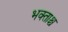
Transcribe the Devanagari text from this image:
भक्ताश्च